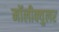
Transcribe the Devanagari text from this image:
मॉलीक्युलर